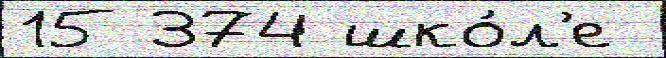
15 374 шко́л'е